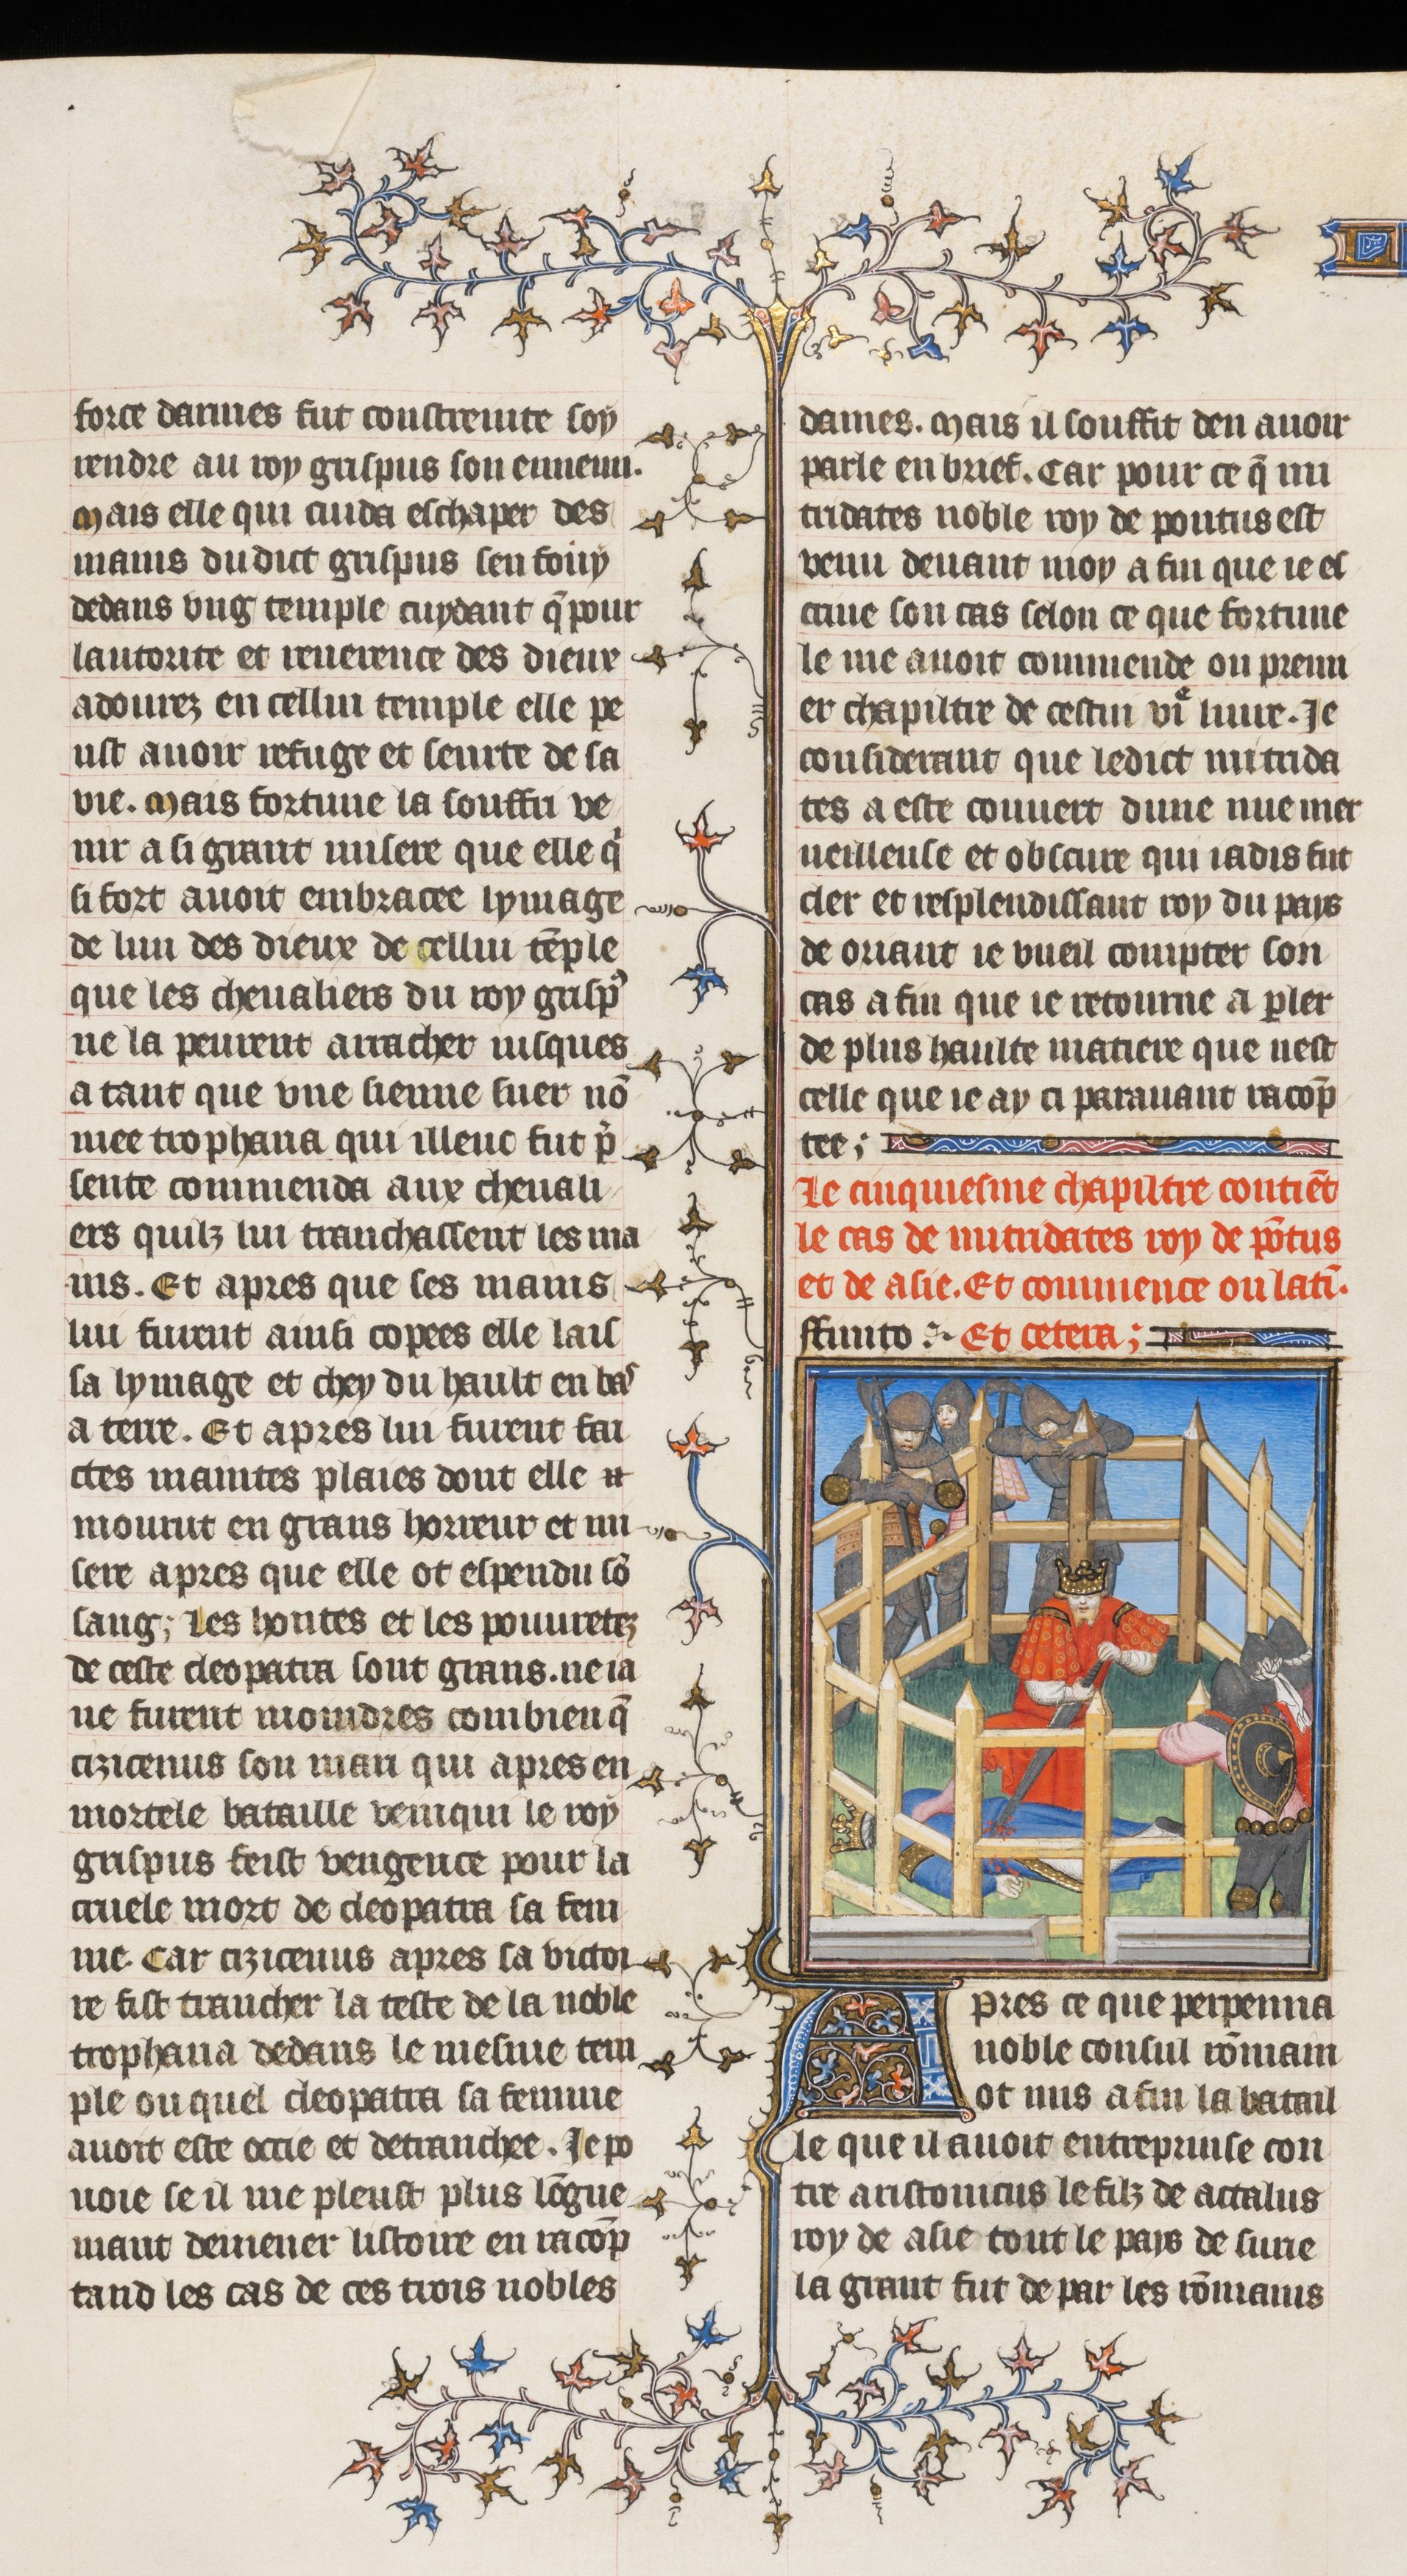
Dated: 1395–1425